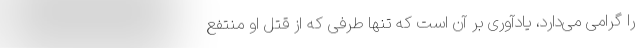
را گرامی می‌دارد، یادآوری بر آن است که تنها طرفی که از قتل او منتفع